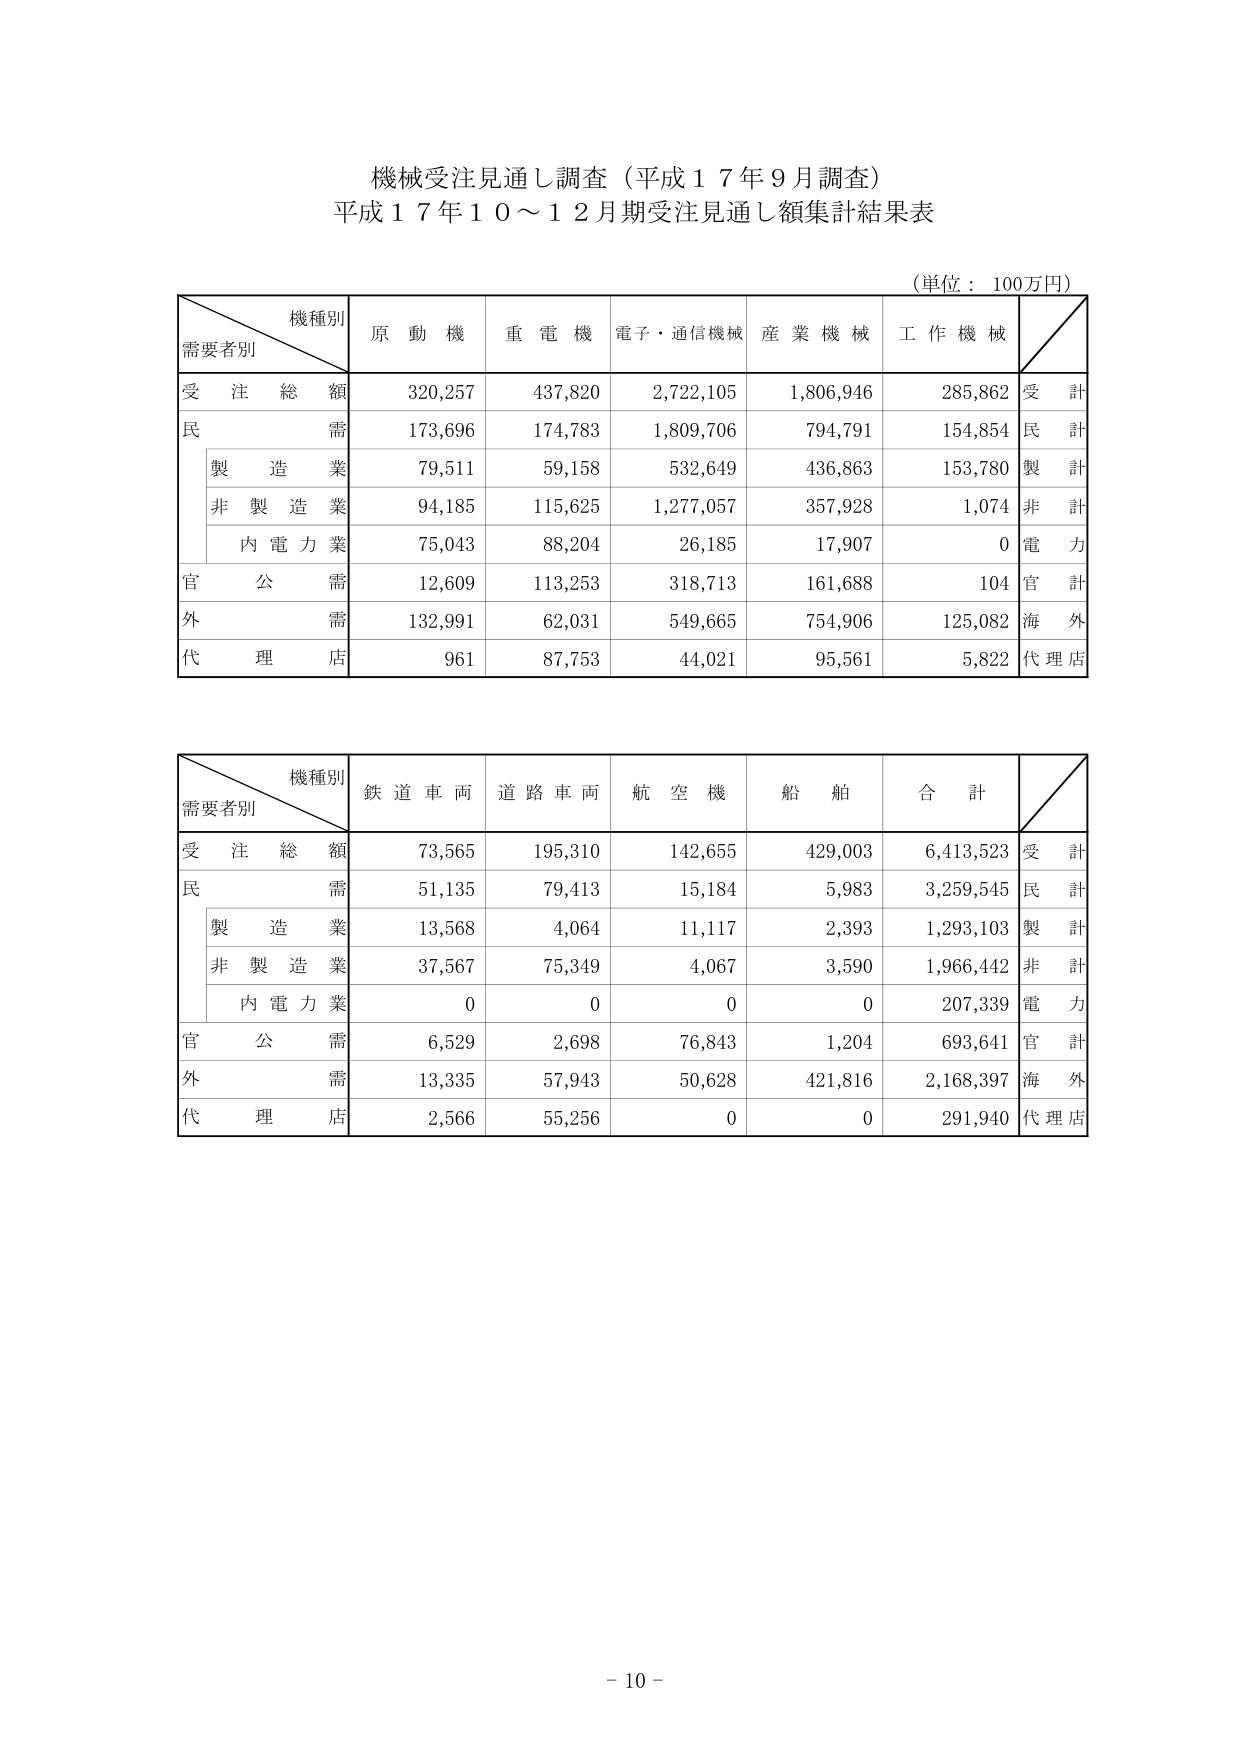
機械受注見通し調査（平成１７年９月調査）
平成１７年１０～１２月期受注見通し額集計結果表

（単位：100万円）

機種別
需要者別
原動機
重電機
電子・通信機械
産業機械
工作機械

受注総額
320,257
437,820
2,722,105
1,806,946
285,862
受計

民需
173,696
174,783
1,809,706
794,791
154,854
民計

　製造業
79,511
59,158
532,649
436,863
153,780
製計

　非製造業
94,185
115,625
1,277,057
357,928
1,074
非計

　内電力業
75,043
88,204
26,185
17,907
0
電力

官公需
12,609
113,253
318,713
161,688
104
官計

外需
132,991
62,031
549,665
754,906
125,082
海外

代理店
961
87,753
44,021
95,561
5,822
代理店

機種別
需要者別
鉄道車両
道路車両
航空機
船舶
合計

受注総額
73,565
195,310
142,655
429,003
6,413,523
受計

民需
51,135
79,413
15,184
5,983
3,259,545
民計

　製造業
13,568
4,064
11,117
2,393
1,293,103
製計

　非製造業
37,567
75,349
4,067
3,590
1,966,442
非計

　内電力業
0
0
0
0
207,339
電力

官公需
6,529
2,698
76,843
1,204
693,641
官計

外需
13,335
57,943
50,628
421,816
2,168,397
海外

代理店
2,566
55,256
0
0
291,940
代理店

－10－